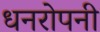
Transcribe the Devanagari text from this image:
धनरोपनी